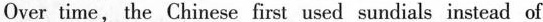
Over time, the Chinese first used sundials instead of